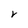
Character: r